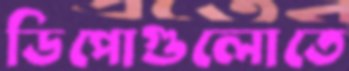
ডিপোগুলোতে